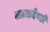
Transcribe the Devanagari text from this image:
लालदेवडी